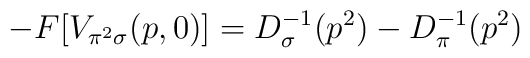
-F[V_{\pi ^{2}\sigma }(p,0)]=D_{\sigma }^{-1}(p^{2})-D_{\pi }^{-1}(p^{2})